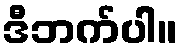
ဒီဘက်ပါ။